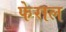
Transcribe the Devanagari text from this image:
फेराल